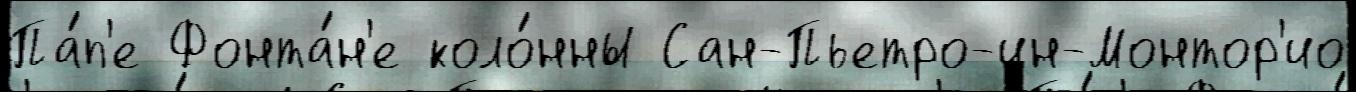
Па́п'е Фонта́н'е коло́нны Сан-Пьетро-ин-Монтор'ио